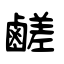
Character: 鹺